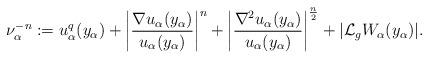
LaTeX: \begin{align*} \nu_\alpha^{-n}:=u_\alpha^q(y_\alpha)+\left\vert\frac{\nabla u_\alpha(y_\alpha)}{u_\alpha(y_\alpha)}\right\vert^{n}+\left\vert\frac{\nabla^2u_\alpha(y_\alpha)}{u_\alpha(y_\alpha)}\right\vert^\frac{n}{2}+\vert\mathcal{L}_gW_\alpha(y_\alpha)\vert.\end{align*}